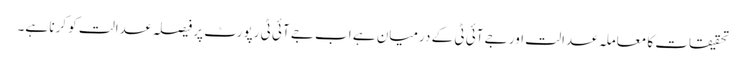
تحقیقات کا معاملہ عدالت اور جے آئی ٹی کے درمیان ہے اب جے آئی ٹی رپورٹ پر فیصلہ عدالت کو کرنا ہے۔